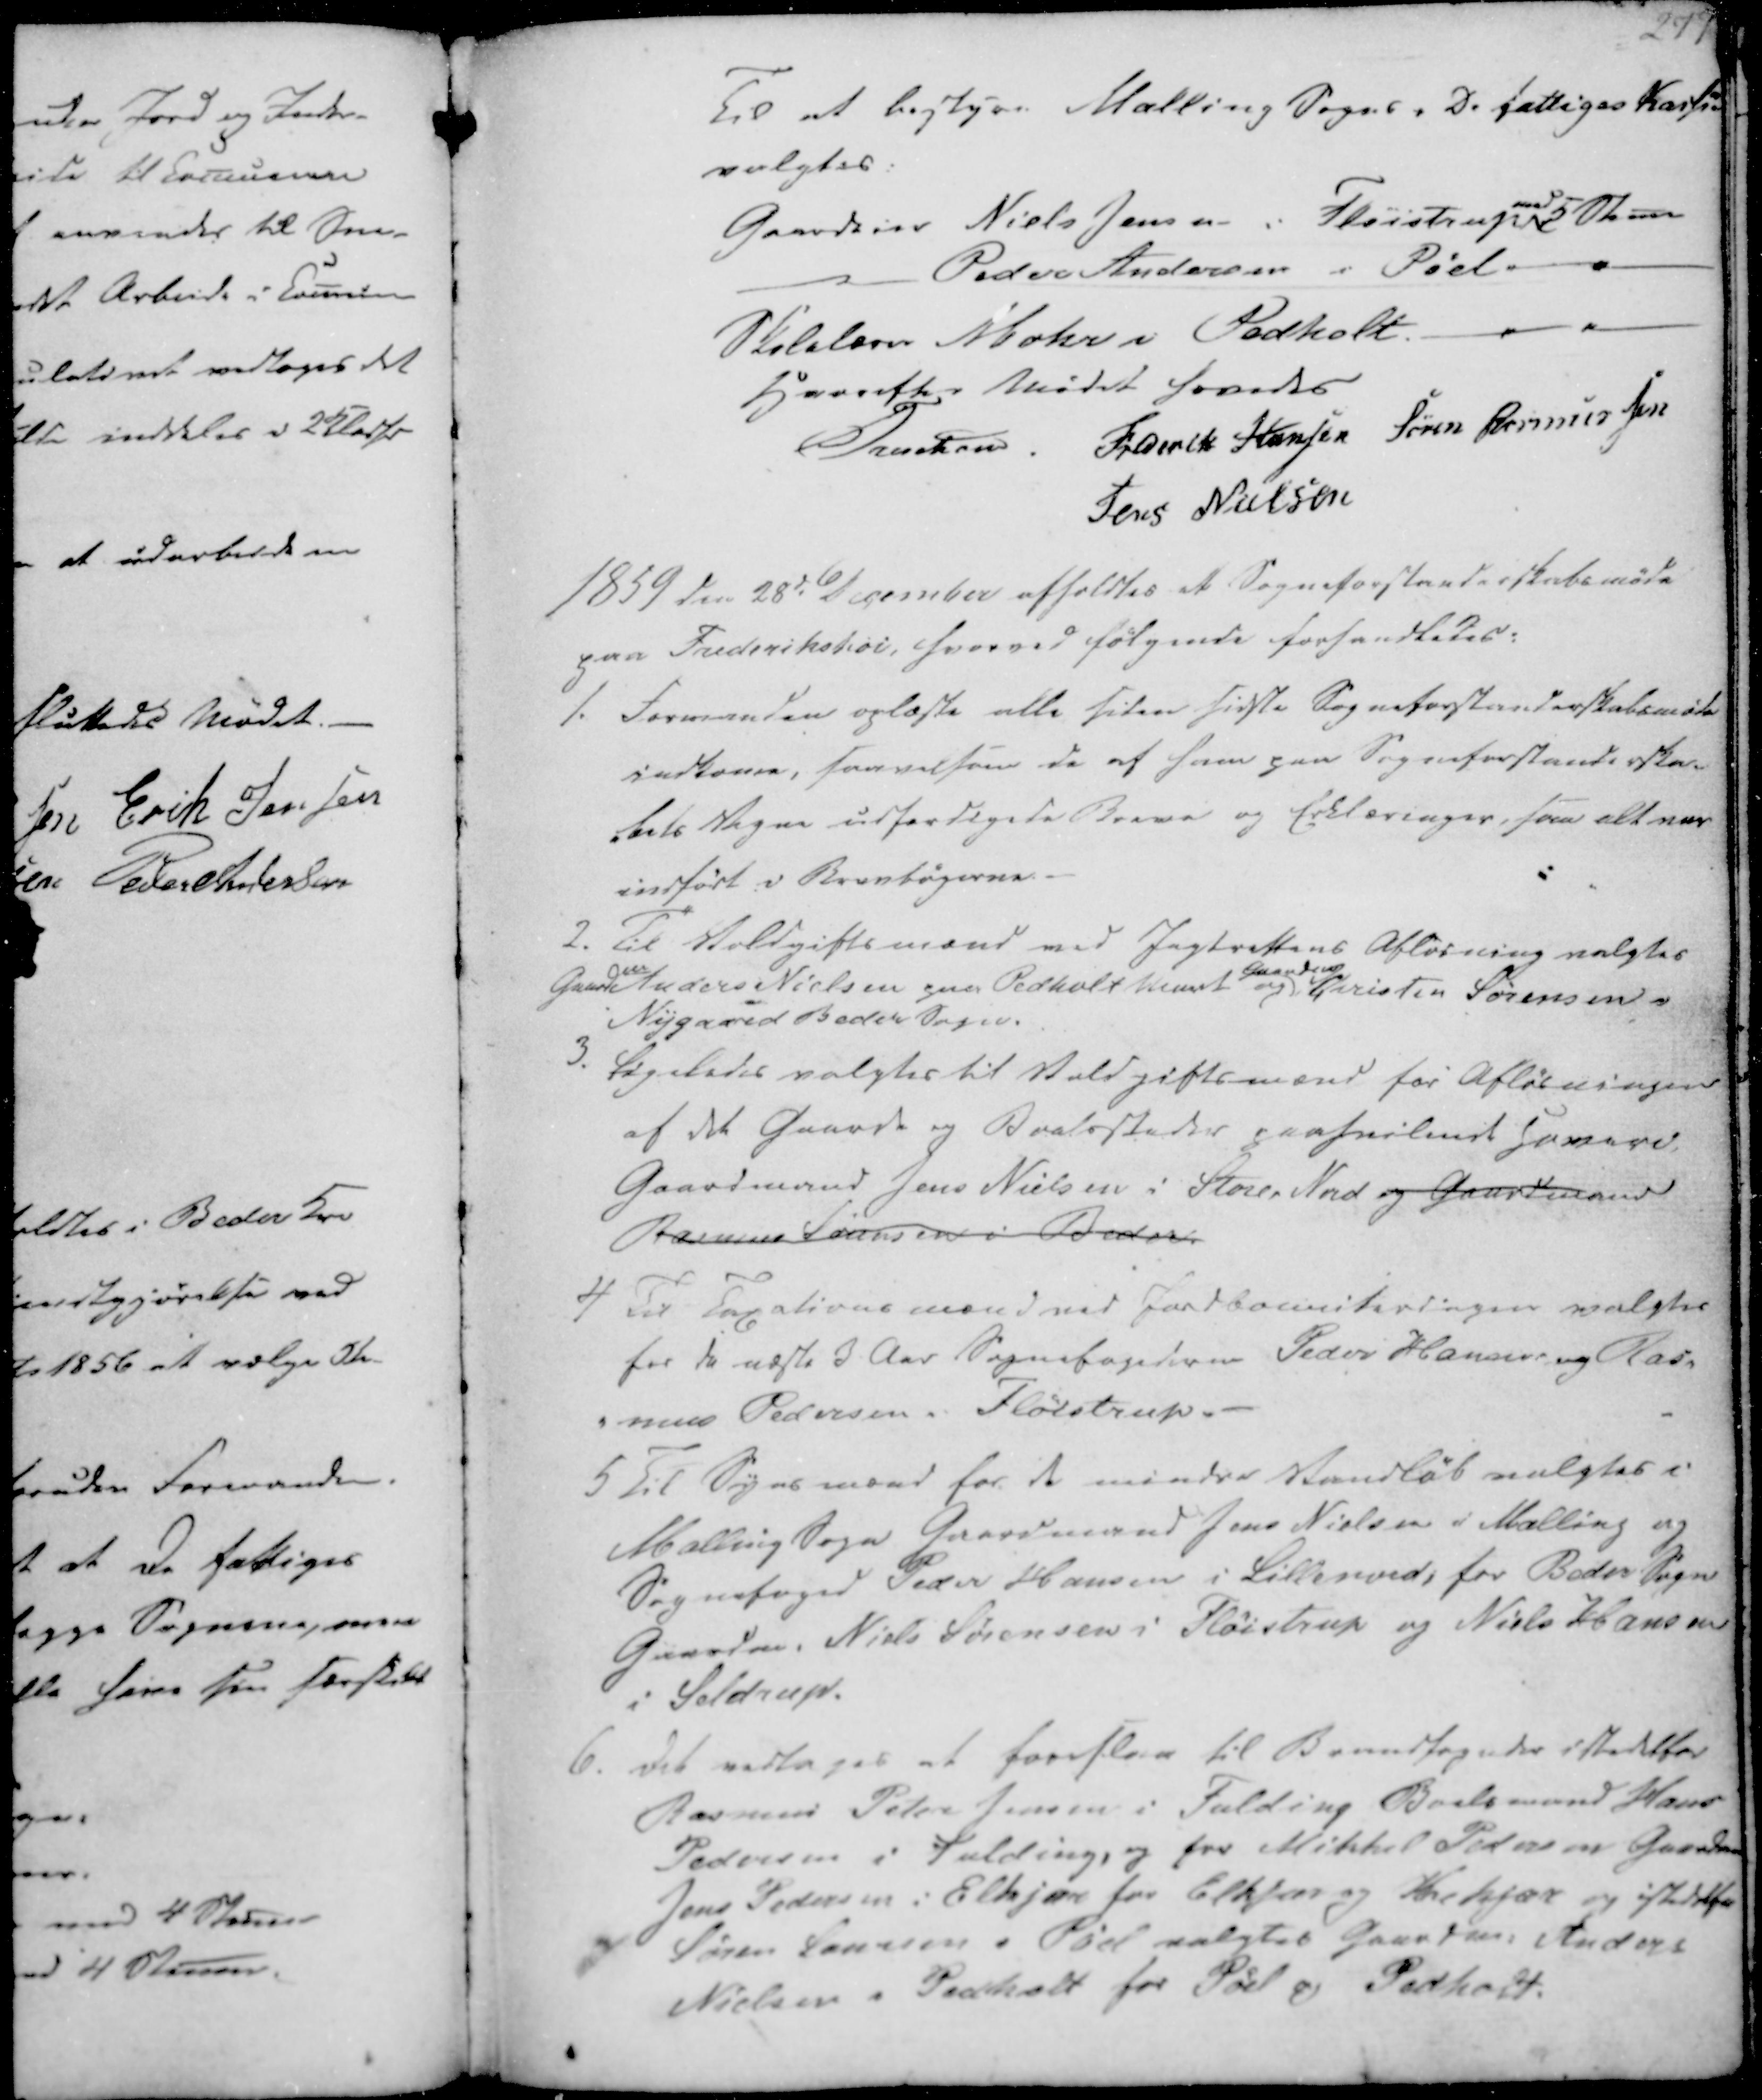
Transskription:
Til at bestyre Malling Sogns "De fattiges Kasse"
valgtes:
Gaardeier Niels Jensen i Fløistrup
med
5 Stemmer
Peder Andersen i Pøel
Skolelærer Mohr i Pedholt.
Hvorefter Mødet hævedes
Treschov
Frederik Hansen
Søren Rasmussen
Jens Nielsen

1859 den 28de December afholdtes et Sogneforstanderskabsmøde
paa Frederikshøi, hvorved følgende forhandledes:

1. Formanden oplæste alle siden sidste Sogneforstanderskabsmøde
indkomne, saavelsom de af ham paa Sogneforstanderska-
bets Vegne udferdigede Breve og Erklæringer, som alt var
indført i Brevbøgerne.
2. Til Voldgiftsmænd ved Jagtrettens Afløsning valgtes
Gaardm Anders Nielsen paa Pedholt Mark og
Gaardm
Christen Sørensen
Nygaared Beder Sogn.

3. Ligeledes valgtes til Voldgiftsmænd for Afløsningen
af det Gaarde og Boelssteder paahvilmet havere
Gaardmand Jens Nielsen i Store Nord og Gaardmand
Rasmus Sørensen i Beder.
4 Til Taxationsmænd ved Jordboceniterdengen valgtes
for de næste 3 Aar Sognefogederne Peder Hansen og Ras-
-mus Pedersen i Fløistrup.

5 Til Synsmænd for de mindre Vandløb valgtes i
Malling Sogn Gaardmand Jens Nielsen i Malling og
Sognefoged Peder Hansen i Lillenord, for Beder Sogn
Gaardm. Niels Sørensen i Fløistrup og Niels Hansen
i Seldrup.
6. Det vedtages at foreslaa til Brandfogeder istedetfor
Rasmus Peter Jensen i Falding Boelsmand Hans
Pedersen i Falding, og for Mikkel Pedersen Gaardm
Jens Pedersen i Elkjær for Elkjær og Krekjær og istedetfor
Søren Laursen i Pøel valgtes Gaardm. Anders
Nielsen i Pedholt for Pøel og Pedholt.